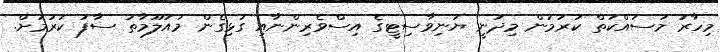
މިހާރު މަސައްކަތް ކުރަމުން މިދަނީ ޔުނިވާސިޓީގެ އިސްވެރިންނާއި ގުޅިގެން މައުލޫމާތު ސާފު ކުރުމަށް.